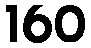
160